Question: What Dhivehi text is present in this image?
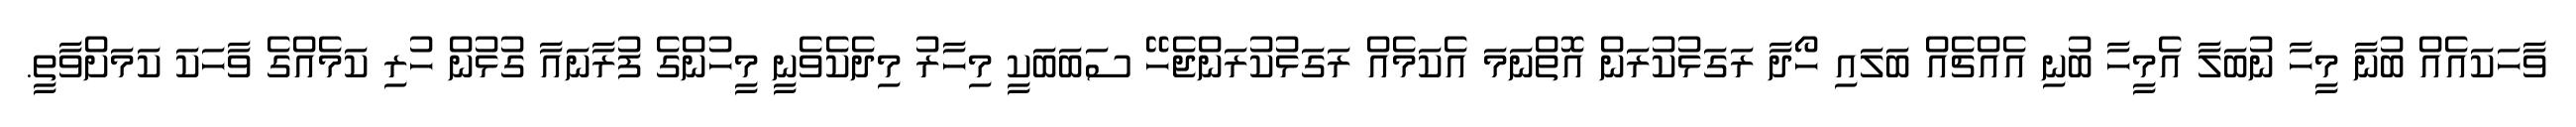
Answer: ވާހަކައެއް ބުނާ މީހާ ނުބަލާ އެމީހާ ބުނި އެއްޗެއް ބަލައި ހޯދާ ރަގަޅުކުރަން އޮތްނަމަ އެކަމެއް ރަގަޅުކުރަންޖެހޭ ސަބަބަކީ މިހާރު މިދެކެވެނީ މީހުންގެ ފުރާނައާ ގުޅުން ހުރި ކަމެއްގެ ވާހަކަ ކަމަށްވާތީ.